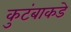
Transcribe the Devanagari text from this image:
कुटंबाकडे